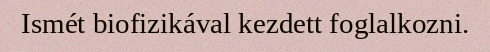
Ismét biofizikával kezdett foglalkozni.